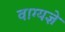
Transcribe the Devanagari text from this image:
वाग्यज्ञे